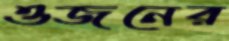
ওজনের